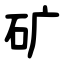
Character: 矿